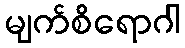
မျက်စိရောဂါ